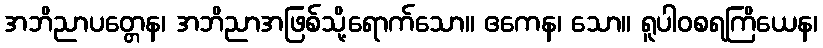
အဘိညာပတ္တေန၊ အဘိညာအဖြစ်သို့ရောက်သော။ ဧကေန၊ သော။ ရူပါဝစရကြိယေန၊